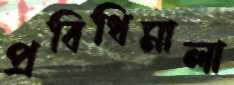
প্রবিধিমালা